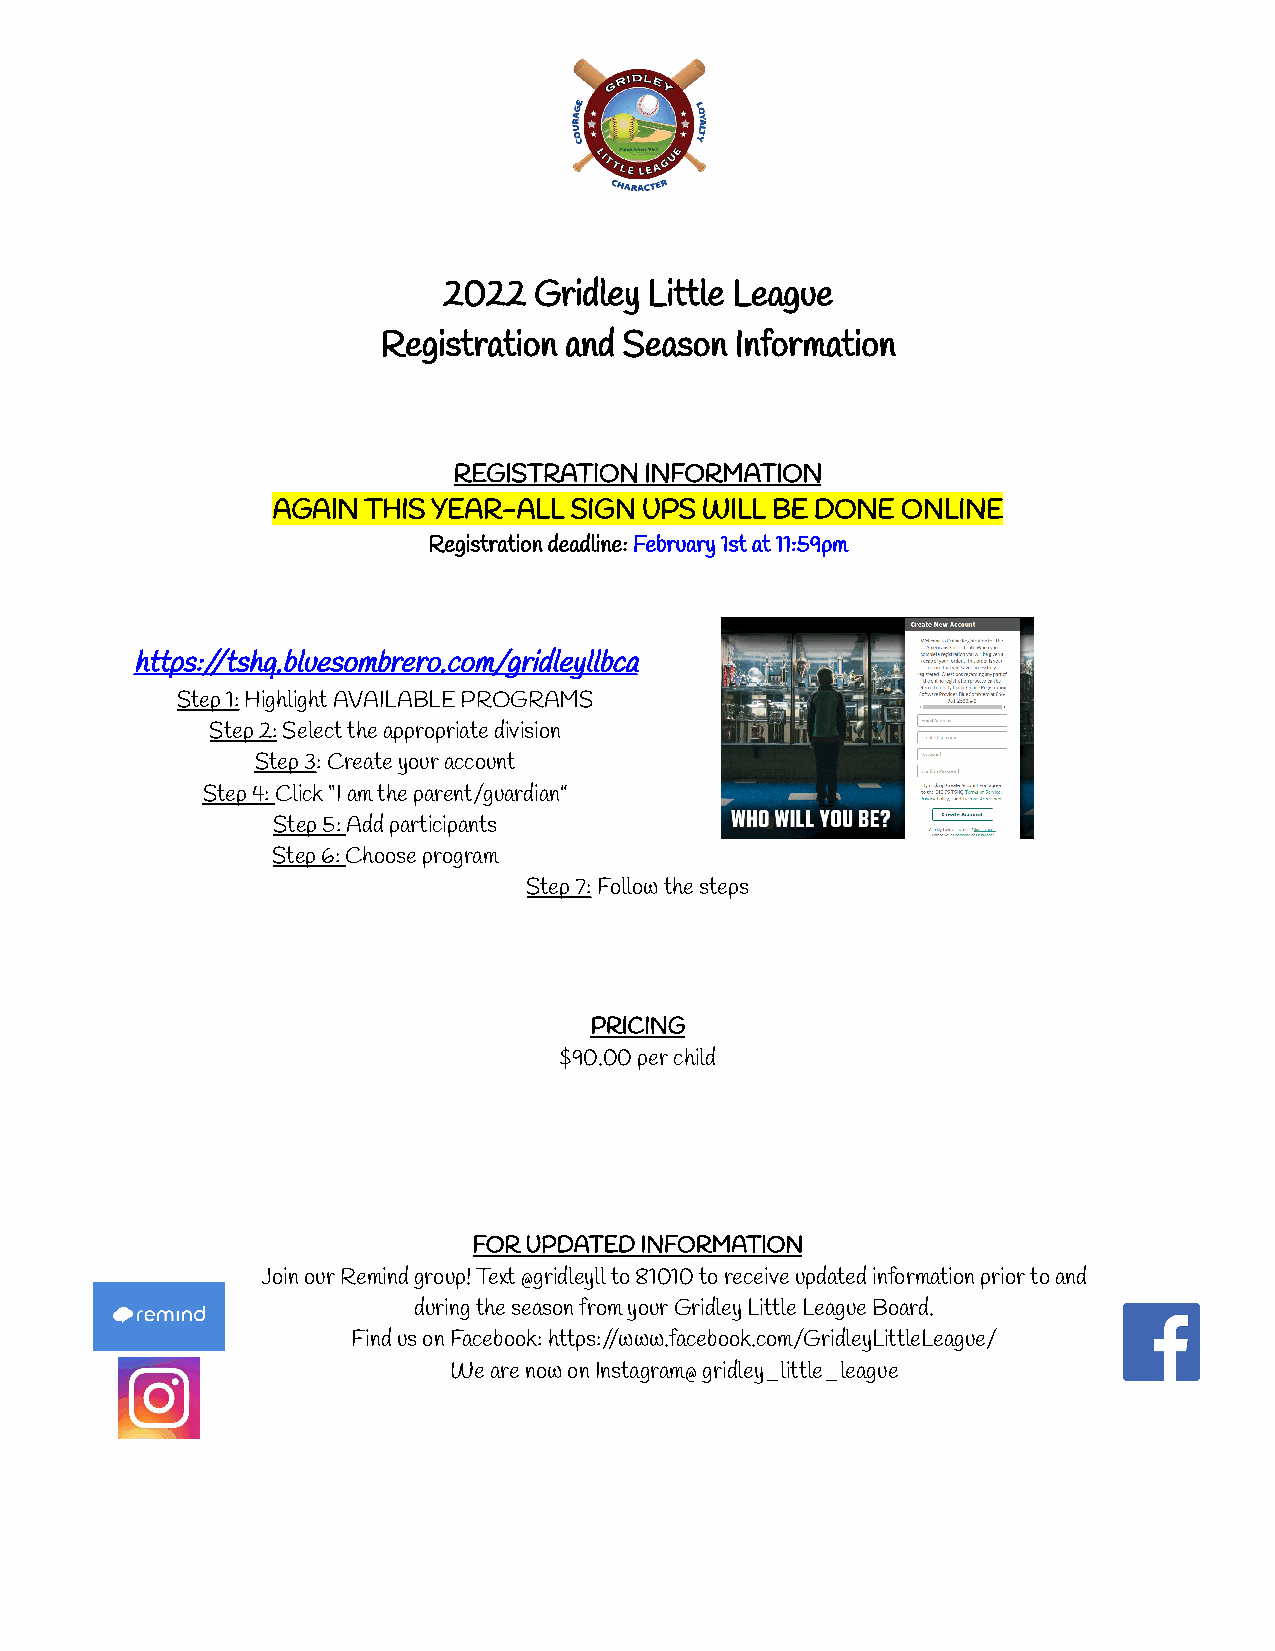
2022  Gridley Little League
 Registration and Season Information
 REGISTRATION INFORMATION
 AGAIN THIS YEAR-ALL SIGN UPS WILL BE DONE ONLINE
 Registration deadline:February 1st at 11:59pm
 https://tshq.bluesombrero.com/gridleyllbca
 Step 1:Highlight AVAILABLE PROGRAMS
 Step 2:Select the appropriate division
 Step 3: Create your account
 Step 4:Click “I am the parent/guardian”
 Step 5:Add participants
 Step 6:Choose program
 Step 7:Follow the steps
 PRICING
 $90.00 per child
 FOR UPDATED INFORMATION
 Join our Remind group! Text @gridleyll to 81010 to receive updated information prior to and
 during the season from your Gridley Little League Board.
 Find us on Facebook: https://www.facebook.com/GridleyLittleLeague/
 We are now on Instagram@ gridley_little_league